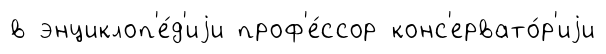
в энциклоп'е́д'иjи проф'е́ссор конс'ервато́р'иjи